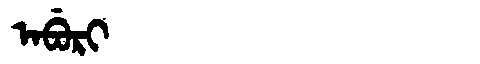
Manchu: ᠠᠪᡠᡵᡳ
Romanization: ABURI